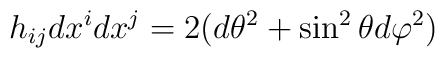
h_{ij}dx^{i}dx^{j}=2(d\theta^{2}+\sin^{2}\theta d\varphi^{2})